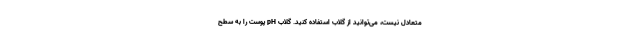
متعادل نیست، می‌توانید از گلاب استفاده کنید. گلاب pH پوست را به سطح